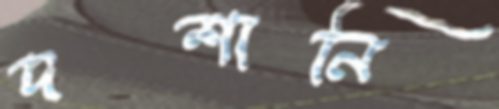
দশানি